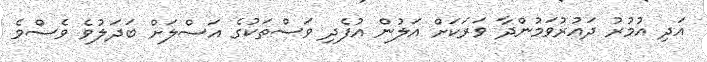
އަދި އުމުރު ދައުރުވަމުންދާ ވަރަކަށް އަލުން އުފެދި ވަސްތަކުގެ އަސްލަށް ބަދަލުވެ ވެސްވެ